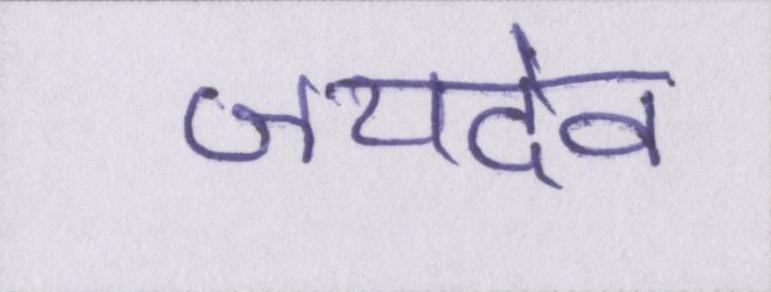
जयदेव